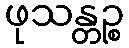
ဖုသန္တဉ္စ